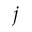
j